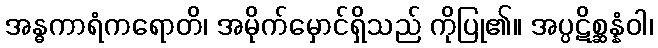
အန္ဓကာရံကရောတိ၊ အမိုက်မှောင်ရှိသည် ကိုပြု၏။ အပ္ပဋိစ္ဆန္နံဝါ၊